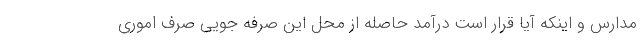
مدارس و اینکه آیا قرار است درآمد حاصله از محل این صرفه جویی صرف اموری